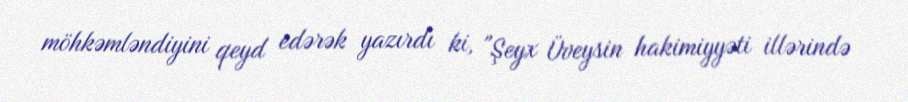
möhkəmləndiyini qeyd edərək yazırdı ki, "Şeyx Üveysin hakimiyyəti illərində